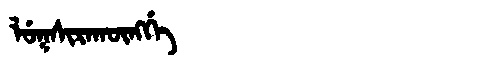
Manchu: ᠯᡠᡴᠰᡳᡵᠠᡴᡡᠩᡤᡝ
Romanization: LUKSIRAKŪNGGE